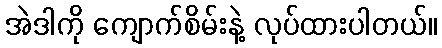
အဲဒါကို ကျောက်စိမ်းနဲ့ လုပ်ထားပါတယ်။